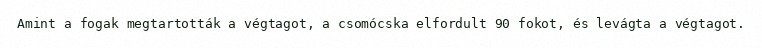
Amint a fogak megtartották a végtagot, a csomócska elfordult 90 fokot, és levágta a végtagot.